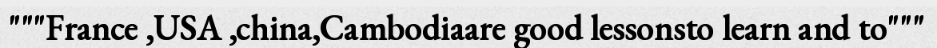
"""France ,USA ,china,Cambodiaare good lessonsto learn and to"""